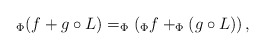
\begin{align*}_\Phi (f+g\circ L) = _\Phi \left( _\Phi f +_\Phi (g\circ L) \right),\end{align*}